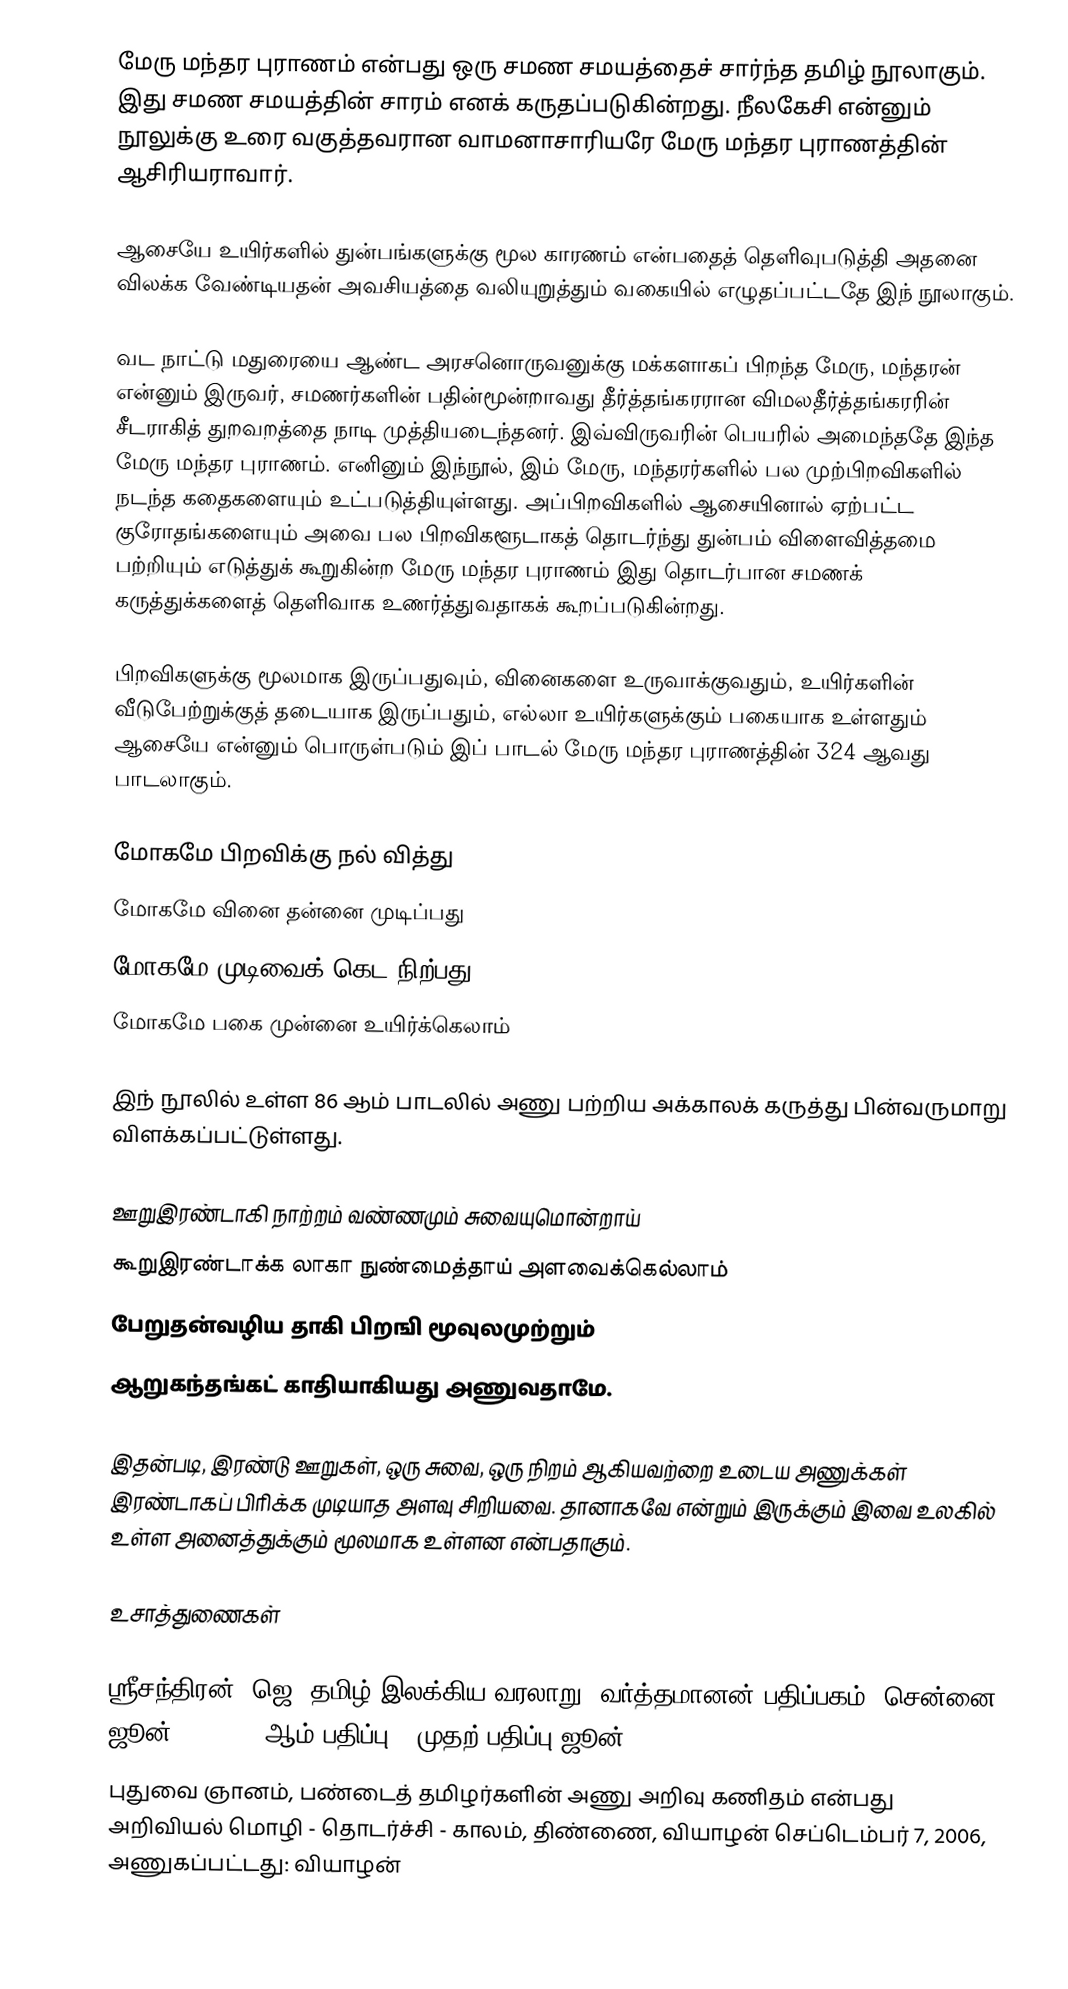
மேரு மந்தர புராணம் என்பது ஒரு சமண சமயத்தைச் சார்ந்த தமிழ் நூலாகும். இது சமண சமயத்தின் சாரம் எனக் கருதப்படுகின்றது. நீலகேசி என்னும் நூலுக்கு உரை வகுத்தவரான வாமனாசாரியரே மேரு மந்தர புராணத்தின் ஆசிரியராவார்.

ஆசையே உயிர்களில் துன்பங்களுக்கு மூல காரணம் என்பதைத் தெளிவுபடுத்தி அதனை விலக்க வேண்டியதன் அவசியத்தை வலியுறுத்தும் வகையில் எழுதப்பட்டதே இந் நூலாகும்.

வட நாட்டு மதுரையை ஆண்ட அரசனொருவனுக்கு மக்களாகப் பிறந்த மேரு, மந்தரன் என்னும் இருவர், சமணர்களின் பதின்மூன்றாவது தீர்த்தங்கரரான விமலதீர்த்தங்கரரின் சீடராகித் துறவறத்தை நாடி முத்தியடைந்தனர். இவ்விருவரின் பெயரில் அமைந்ததே இந்த மேரு மந்தர புராணம். எனினும் இந்நூல், இம் மேரு, மந்தரர்களில் பல முற்பிறவிகளில் நடந்த கதைகளையும் உட்படுத்தியுள்ளது. அப்பிறவிகளில் ஆசையினால் ஏற்பட்ட குரோதங்களையும் அவை பல பிறவிகளூடாகத் தொடர்ந்து துன்பம் விளைவித்தமை பற்றியும் எடுத்துக் கூறுகின்ற மேரு மந்தர புராணம் இது தொடர்பான சமணக் கருத்துக்களைத் தெளிவாக உணர்த்துவதாகக் கூறப்படுகின்றது.

பிறவிகளுக்கு மூலமாக இருப்பதுவும், வினைகளை உருவாக்குவதும், உயிர்களின் வீடுபேற்றுக்குத் தடையாக இருப்பதும், எல்லா உயிர்களுக்கும் பகையாக உள்ளதும் ஆசையே என்னும் பொருள்படும் இப் பாடல் மேரு மந்தர புராணத்தின் 324 ஆவது பாடலாகும்.

 மோகமே பிறவிக்கு நல் வித்து
 மோகமே வினை தன்னை முடிப்பது
 மோகமே முடிவைக் கெட நிற்பது
 மோகமே பகை முன்னை உயிர்க்கெலாம்

இந் நூலில் உள்ள 86 ஆம் பாடலில் அணு பற்றிய அக்காலக் கருத்து பின்வருமாறு விளக்கப்பட்டுள்ளது.

 ஊறுஇரண்டாகி நாற்றம் வண்ணமும் சுவையுமொன்றாய்
 கூறுஇரண்டாக்க லாகா நுண்மைத்தாய் அளவைக்கெல்லாம்
 பேறுதன்வழிய தாகி பிறஙி மூவுலமுற்றும்
 ஆறுகந்தங்கட் காதியாகியது அணுவதாமே.

இதன்படி, இரண்டு ஊறுகள், ஒரு சுவை, ஒரு நிறம் ஆகியவற்றை உடைய அணுக்கள் இரண்டாகப் பிரிக்க முடியாத அளவு சிறியவை. தானாகவே என்றும் இருக்கும் இவை உலகில் உள்ள அனைத்துக்கும் மூலமாக உள்ளன என்பதாகும்.

உசாத்துணைகள்

 ஸ்ரீசந்திரன், ஜெ, தமிழ் இலக்கிய வரலாறு, வர்த்தமானன் பதிப்பகம், சென்னை, ஜூன் 2004, 11 ஆம் பதிப்பு, (முதற் பதிப்பு ஜூன் 1998).
 புதுவை ஞானம், பண்டைத் தமிழர்களின் அணு அறிவு கணிதம் என்பது அறிவியல் மொழி - தொடர்ச்சி - காலம், திண்ணை, வியாழன் செப்டெம்பர் 7, 2006, அணுகப்பட்டது: வியாழன்